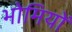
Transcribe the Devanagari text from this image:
भोमियों